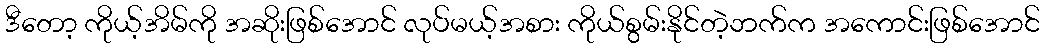
ဒီတော့ ကိုယ့်အိမ်ကို အဆိုးဖြစ်အောင် လုပ်မယ့်အစား ကိုယ်စွမ်းနိုင်တဲ့ဘက်က အကောင်းဖြစ်အောင်